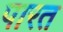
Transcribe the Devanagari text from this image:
पारत